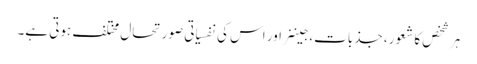
ہر شخص کا شعور، جذبات، جیننر اور اس کی نفسیاتی صورتحال مختلف ہوتی ہے۔